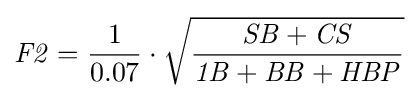
{\mathit {F2}}={1 \over 0.07}\cdot {\sqrt {{\mathit {SB}}+{\mathit {CS}} \over {\mathit {1B}}+{\mathit {BB}}+{\mathit {HBP}}}}